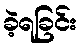
ခဲ့ရခြင်း